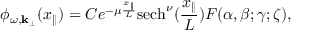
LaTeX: \phi _ { \omega , { \bf k } _ { \perp } } ( x _ { \parallel } ) = C e ^ { - \mu \frac { x _ { \parallel } } { L } } \mathrm { s e c h } ^ { \nu } ( \frac { x _ { \parallel } } { L } ) F ( \alpha , \beta ; \gamma ; \zeta ) ,